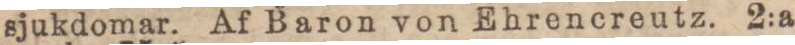
sjukdomar. Af Baron von Ehrencreutz. 2:a